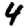
Digit: 4